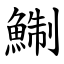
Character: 鯯